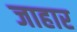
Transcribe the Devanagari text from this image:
जाहार